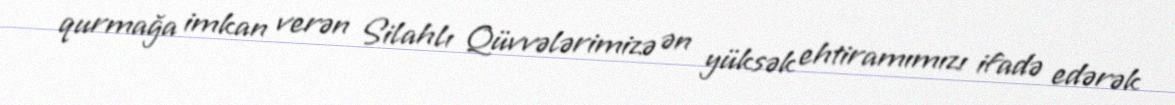
qurmağa imkan verən Silahlı Qüvvələrimizə ən yüksək ehtiramımızı ifadə edərək